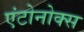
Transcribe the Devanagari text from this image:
एंटोनोक्स